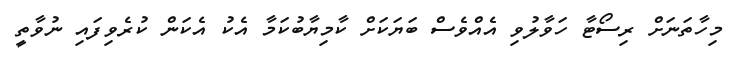
މިހާތަނަށް ރިސޯޓާ ހަވާލުވި އެއްވެސް ބަޔަކަށް ކާމިޔާބުކަމާ އެކު އެކަން ކުރެވިފައި ނުވާތީ